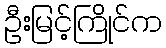
ဦးမြင့်ကြိုင်က